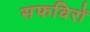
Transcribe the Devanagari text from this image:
सफविरों